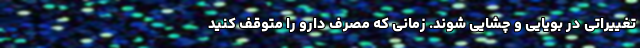
تغییراتی در بویایی و چشایی شوند. زمانی که مصرف دارو را متوقف کنید